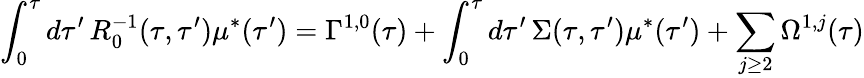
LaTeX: \int_{0}^{\tau}d\tau^{\prime}\, R_{0}^{-1}(\tau,\tau^{\prime})\mu^{*}(\tau^{\prime})=\Gamma^{1,0}(\tau)+\int_{0}^{\tau}d\tau^{\prime}\, \Sigma(\tau,\tau^{\prime})\mu^{*}(\tau^{\prime})+\sum_{j\geq 2}\Omega^{1,j}(\tau)